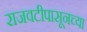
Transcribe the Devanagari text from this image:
राजवटीपासूनच्या